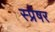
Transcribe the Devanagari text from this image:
स्प्रेषर